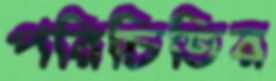
পরিচিতির